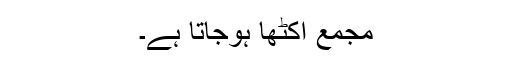
مجمع اکٹھا ہوجاتا ہے۔